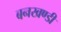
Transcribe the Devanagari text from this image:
बनखण्डी